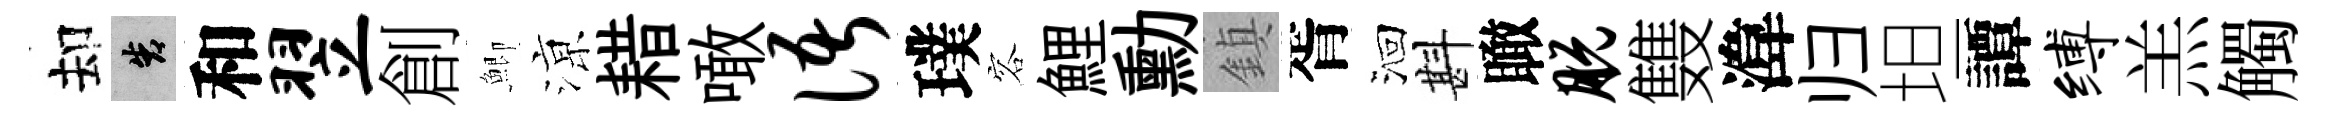
却告和翌創鯽鿌耤噉语璞容鯉勳鎮胥洄斟瞰脱䨇湋归坦譚缚羔觸